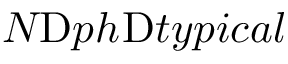
N _ { Ḋ } \mathrm { Ḋ } p h Ḍ Ḍ ^ { Ḋ } \mathrm { Ḋ } t y p i c a l Ḍ Ḍ